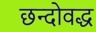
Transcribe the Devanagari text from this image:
छन्दोवद्ध